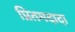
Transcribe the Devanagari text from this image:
प्रितमदादा